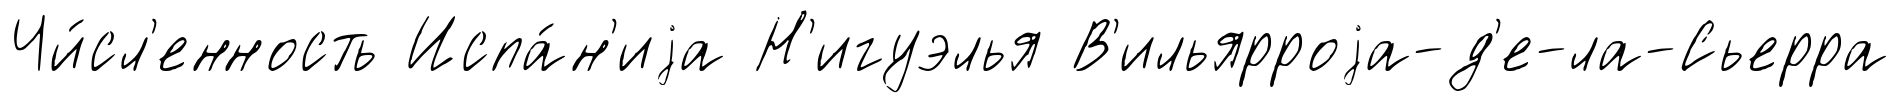
Чи́сл'енность Испа́н'иjа Н'игуэлья В'ильярроjа-д'е-ла-Сьерра